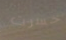
خسرت